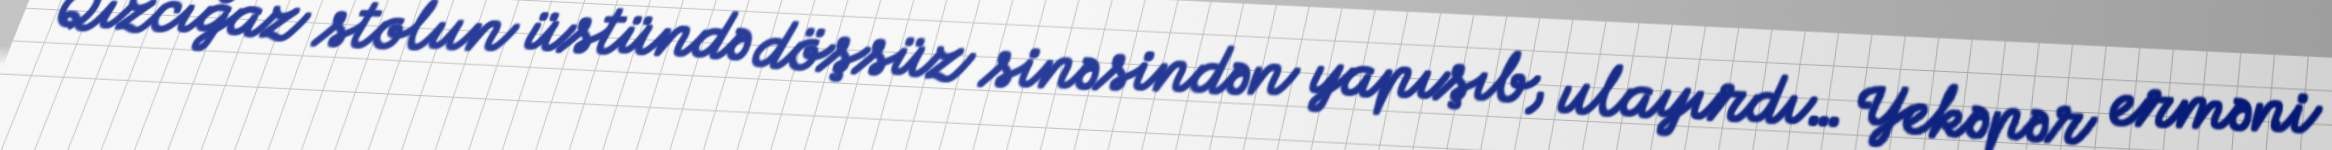
Qızcığaz stolun üstündə döşsüz sinəsindən yapışıb, ulayırdı… Yekəpər erməni